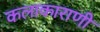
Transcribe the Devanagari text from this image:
कलाकाराणी